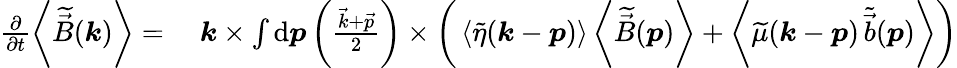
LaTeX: \begin{array}{rl}{\frac{\partial}{\partial t}\left<\widetilde{\vec{B}}(\boldsymbol{k})\right>={}}&{{}\boldsymbol{k}\times\int\mathrm{d}\boldsymbol{p}\left(\frac{\vec{k}+\vec{p}}{2}\right)\times\bigg(\left<\widetilde{\eta}(\boldsymbol{k}-\boldsymbol{p})\right>\left<\widetilde{\vec{B}}(\boldsymbol{p})\right>+\left<\widetilde{\mu}(\boldsymbol{k}-\boldsymbol{p})\, \widetilde{\vec{b}}(\boldsymbol{p})\right>\bigg)}\end{array}